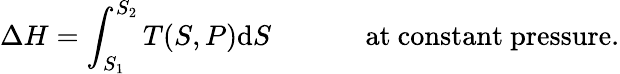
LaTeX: \Delta H=\int_{S_{1}}^{S_{2}}T(S,P)\mathrm{d}S\, \, \, \, \, \, \, \, \, \, \, \, \, \, \, \, \, \, \, \, {\mathrm{at~constant~pressure.}}